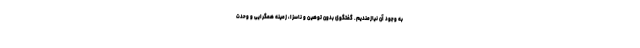
به وجود آن نیازمندیم. گفتگوی بدون توهین و ناسزا، زمینه همگرایی و وحدت